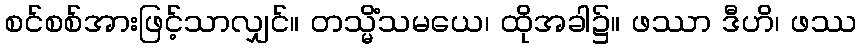
စင်စစ်အားဖြင့်သာလျှင်။ တသ္မိံသမယေ၊ ထိုအခါ၌။ ဖဿာ ဒီဟိ၊ ဖဿ